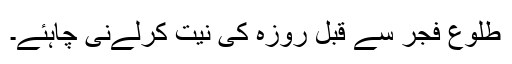
طلوع فجر سے قبل روزہ کی نیت کرلےنی چاہئے۔